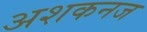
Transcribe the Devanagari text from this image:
अशकनज